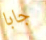
جابا